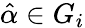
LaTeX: \hat{\alpha}\in G_{i}